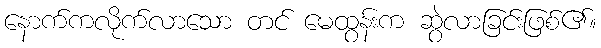
နောက်ကလိုက်လာသော တင် မေထွန်းက ဆွဲလာခြင်းဖြစ်၏။